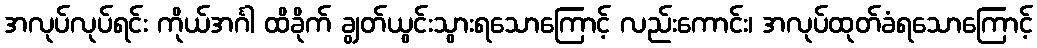
အလုပ်လုပ်ရင်း ကိုယ်အင်္ဂါ ထိခိုက် ချွတ်ယွင်းသွားရသောကြောင့် လည်းကောင်း၊ အလုပ်ထုတ်ခံရသောကြောင့်